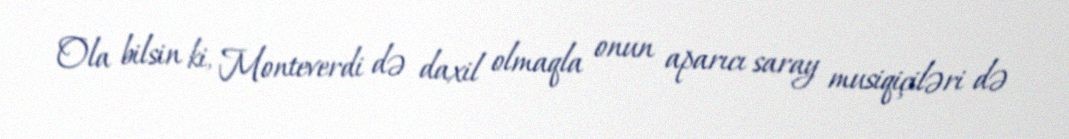
Ola bilsin ki, Monteverdi də daxil olmaqla onun aparıcı saray musiqiçiləri də